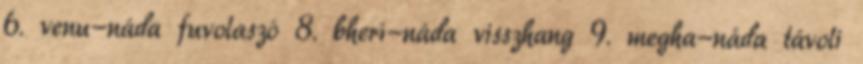
6. venu-náda fuvolaszó 8. bherí-náda visszhang 9. megha-náda távoli